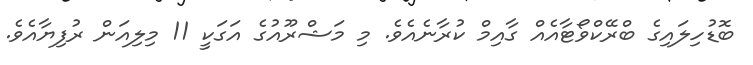
ބޮޑުހިލައިގެ ބްރޭކްވޯޓާއެއް ގާއިމް ކުރާނެއެވެ. މި މަޝްރޫއުގެ އަގަކީ 11 މިލިއަން ރުފިޔާއެވެ.